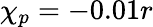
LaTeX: {\chi_{p}=-0.01r}